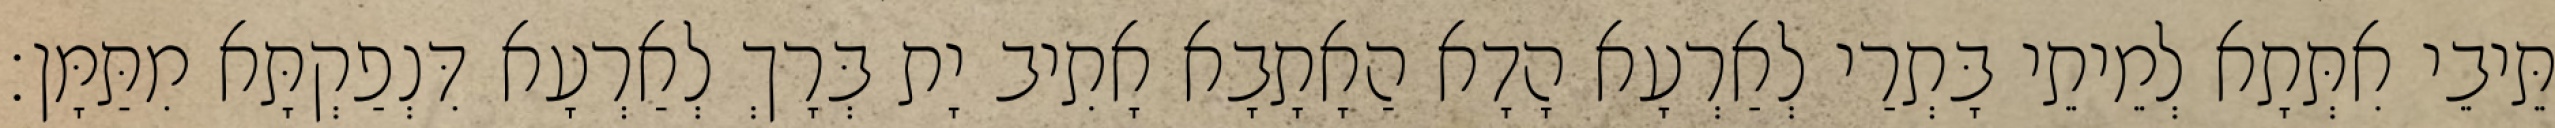
תֵּיבֵי אִתְּתָא לְמֵיתֵי בָּתְרַי לְאַרְעָא הָדָא הַאָתָבָא אָתִיב יָת בְּרָךְ לְאַרְעָא דִּנְפַקְתָּא מִתַּמָּן׃